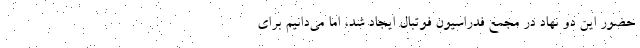
حضور این دو نهاد در مجمع فدراسیون فوتبال ایجاد شد، اما می‌دانیم برای